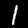
Label: 1